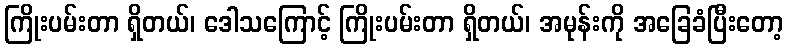
ကြိုးပမ်းတာ ရှိတယ်၊ ဒေါသကြောင့် ကြိုးပမ်းတာ ရှိတယ်၊ အမုန်းကို အခြေခံပြီးတော့